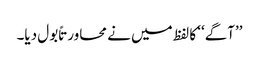
’’آگے‘‘ کا لفظ میں نے محاورتاً بول دیا۔